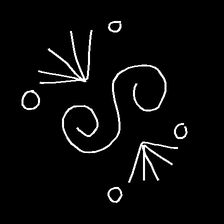
Glyph: aeroform